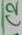
Text: C2